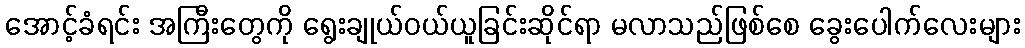
အောင့်ခံရင်း အကြီးတွေကို ရွေးချုယ်ဝယ်ယူခြင်းဆိုင်ရာ မလာသည်ဖြစ်စေ ခွေးပေါက်လေးများ